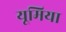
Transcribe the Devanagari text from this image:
यूमिया